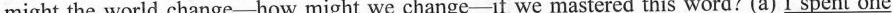
might the world change-how might we change-if we mastered this word? (a) _I spent one